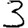
Digit: 3